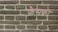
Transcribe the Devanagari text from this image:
फैसका